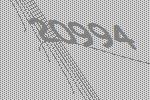
20994